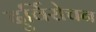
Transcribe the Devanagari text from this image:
दुर्विरोचन